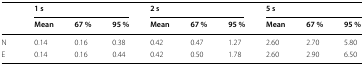
| <ROWSPAN=2>  | <COLSPAN=3> 1 s | <COLSPAN=3> 2 s | <COLSPAN=3> 5 s |
 | Mean | 67 % | 95 % | Mean | 67 % | 95 % | Mean | 67 % | 95 % |
 | --- | --- | --- | --- | --- | --- | --- | --- | --- | --- |
 | N | 0.14 | 0.16 | 0.38 | 0.42 | 0.47 | 1.27 | 2.60 | 2.70 | 5.80 |
 | E | 0.14 | 0.16 | 0.44 | 0.42 | 0.50 | 1.78 | 2.60 | 2.90 | 6.50 |